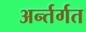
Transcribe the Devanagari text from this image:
अर्न्तर्गत